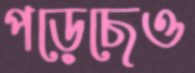
পড়েছেও